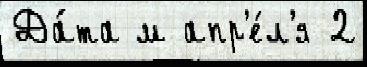
Да́та м апр'е́л'я 2